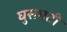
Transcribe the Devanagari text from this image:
घुसमटी